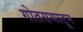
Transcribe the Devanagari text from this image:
गोतसभातून